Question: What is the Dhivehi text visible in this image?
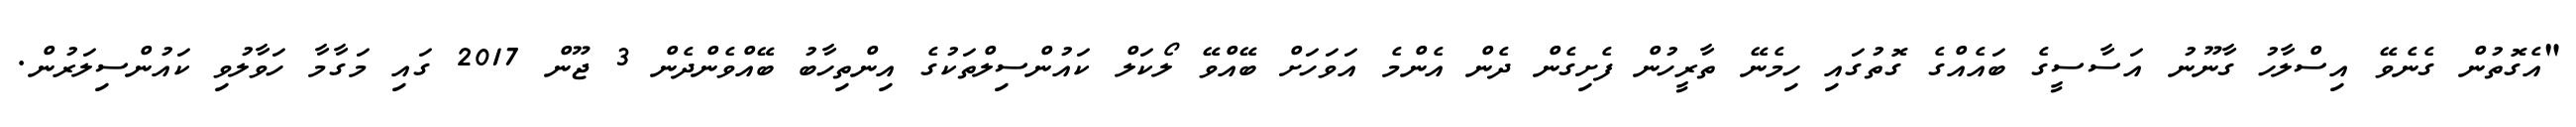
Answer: "އެގޮތުން ގެނެވޭ އިސްލާހު ގާނޫނު އަސާސީގެ ބައެއްގެ ގޮތުގައި ހިމެނޭ ތާރީހުން ފެށިގެން ދެން އެންމެ އަވަހަށް ބޭއްވޭ ލޯކަލް ކައުންސިލްތަކުގެ އިންތިހާބު ބޭއްވެންދެން 3 ޖޫން 2017 ގައި މަގާމާ ހަވާލުވި ކައުންސިލަރުން.